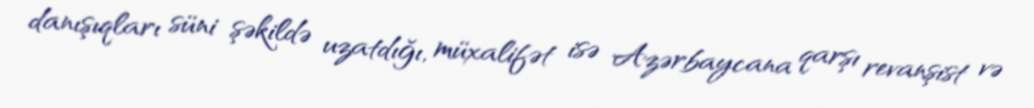
danışıqları süni şəkildə uzatdığı, müxalifət isə Azərbaycana qarşı revanşist və